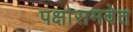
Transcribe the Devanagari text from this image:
पक्षासमवेत